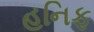
હનિફ